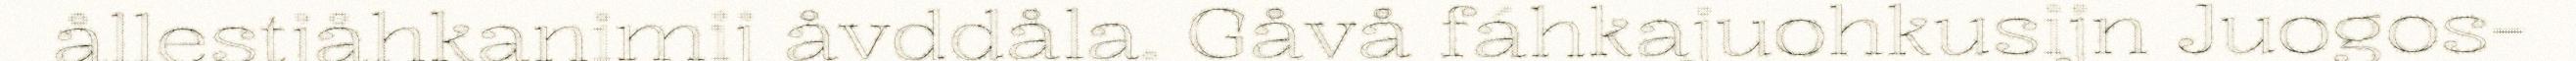
ållestjåhkanimij åvddåla. Gåvå fáhkajuohkusijn Juogos-